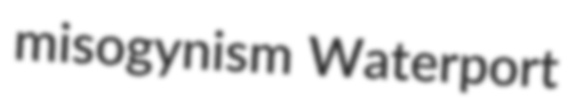
misogynism Waterport